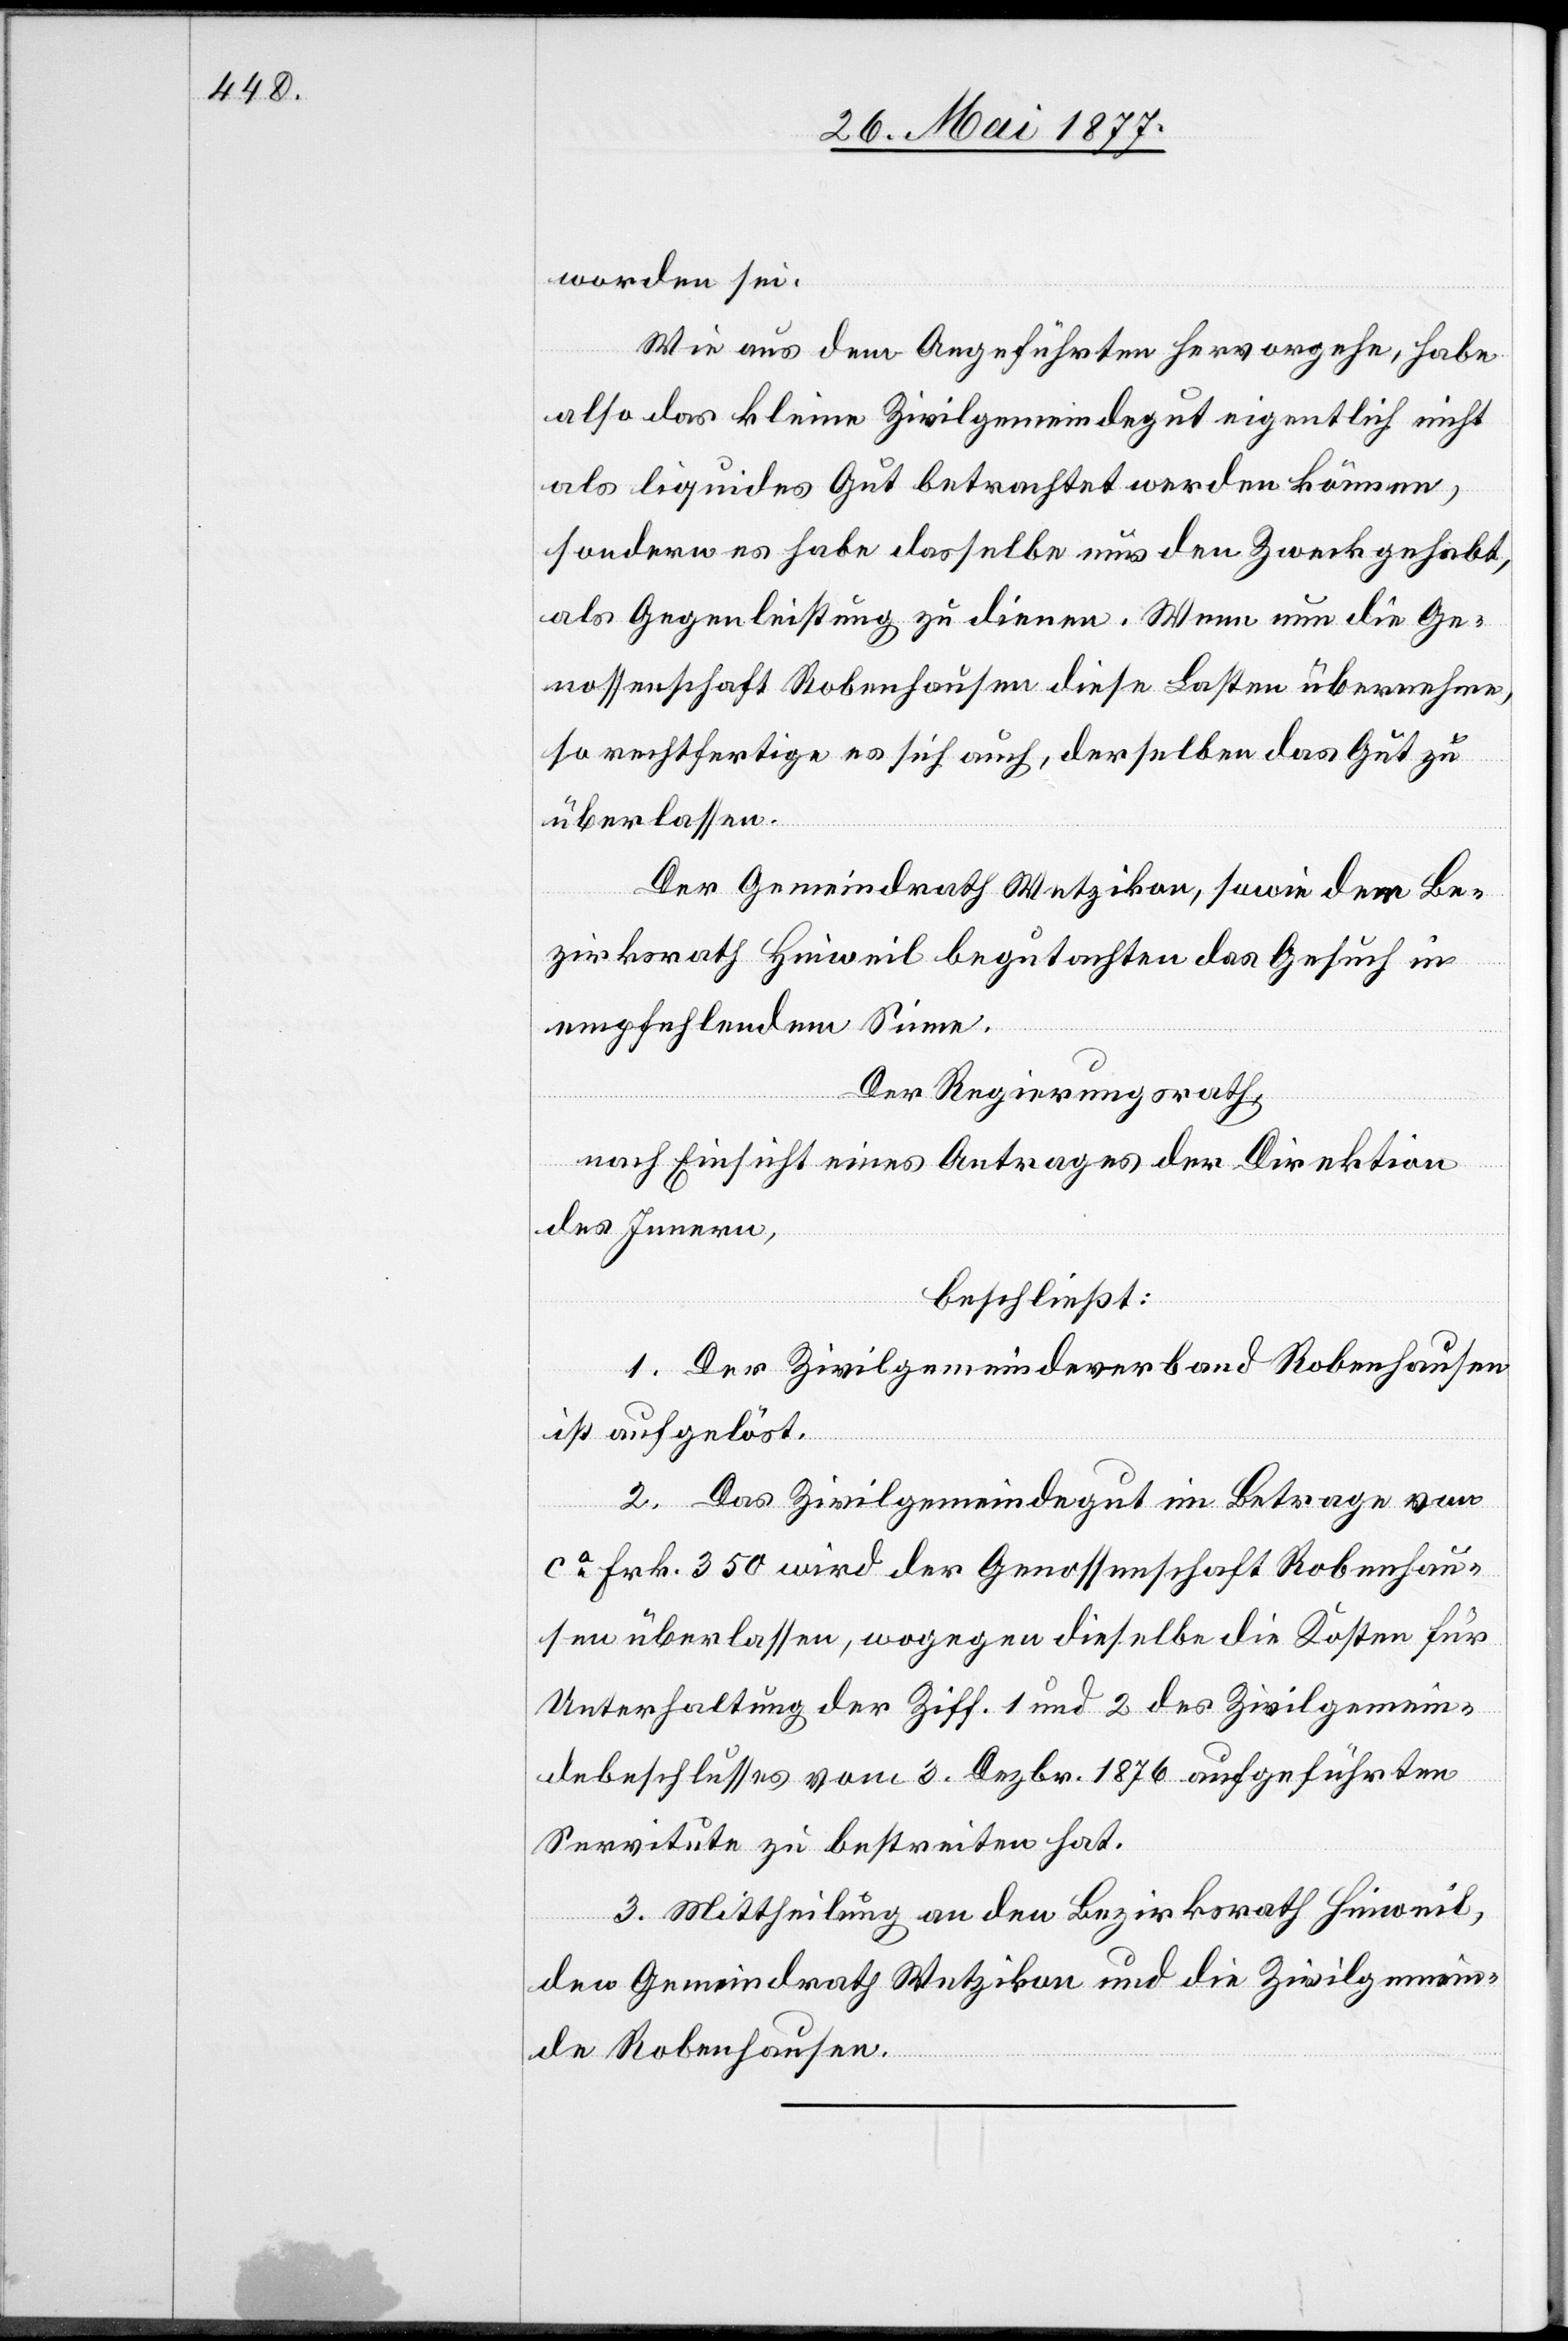
worden sei.
Wie aus dem Angeführten hervorgehe, habe
also das kleine Zivilgemeindegut eigentlich nicht
als liquides Gut betrachtet werden können,
sondern es habe dasselbe nur den Zweck gehabt,
als Gegenleistung zu dienen. Wenn nun die Ge¬
nossenschaft Robenhausen diese Lasten übernehme,
so rechtfertige es sich auch, derselben das Gut zu
überlassen.
Der Gemeindrath Wetzikon, sowie der Be¬
zirksrath Hinweil begutachten das Gesuch in
empfehlendem Sinne.
Der Regierungsrath,
nach Einsicht eines Antrages der Direktion
des Innern,
beschließt:
1. Der Zivilgemeindeverband Robenhausen
ist aufgelöst.
2. Das Zivilgemeindegut im Betrage von
ca Frk. 350 wird der Genossenschaft Robenhau¬
sen überlassen, wogegen dieselbe die Kosten für
Unterhaltung der [unter] Ziff. 1 und 2 des Zivilgemein¬
debeschlusses vom 3. Dezbr. 1876 aufgeführten
Servitute zu bestreiten hat.
3. Mittheilung an den Bezirksrath Hinweil,
den Gemeindrath Wetzikon und die Zivilgemein¬
de Robenhausen.